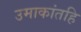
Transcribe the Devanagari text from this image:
उमाकांतहि